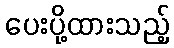
ပေးပို့ထားသည့်